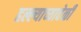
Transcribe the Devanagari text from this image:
हल्ल्याच्यावेळी